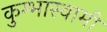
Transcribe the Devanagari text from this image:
कुम्भास्वामी